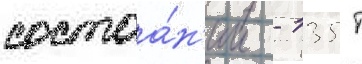
состоа́н'ии - 135 т